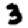
Digit: 3